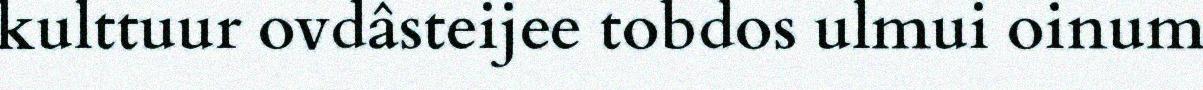
kulttuur ovdâsteijee tobdos ulmui oinum